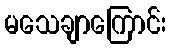
မသေချာကြောင်း